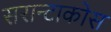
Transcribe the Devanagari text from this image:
सरान्टाकोस